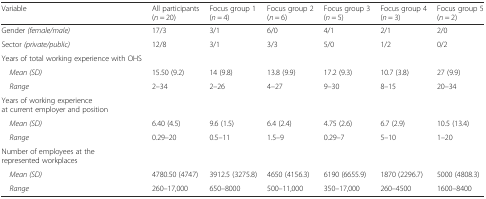
| Variable | All participants (n = 20) | Focus group 1 (n = 4) | Focus group 2 (n = 6) | Focus group 3 (n = 5) | Focus group 4 (n = 3) | Focus group 5 (n = 2) |
 | --- | --- | --- | --- | --- | --- | --- |
 | Gender (female/male) | 17/3 | 3/1 | 6/0 | 4/1 | 2/1 | 2/0 |
 | Sector (private/public) | 12/8 | 3/1 | 3/3 | 5/0 | 1/2 | 0/2 |
 | Years of total working experience with OHS | <COLSPAN=6>  |
 | Mean (SD) | 15.50 (9.2) | 14 (9.8) | 13.8 (9.9) | 17.2 (9.3) | 10.7 (3.8) | 27 (9.9) |
 | Range | 2–34 | 2–26 | 4–27 | 9–30 | 8–15 | 20–34 |
 | Years of working experience at current employer and position | <COLSPAN=6>  |
 | Mean (SD) | 6.40 (4.5) | 9.6 (1.5) | 6.4 (2.4) | 4.75 (2.6) | 6.7 (2.9) | 10.5 (13.4) |
 | Range | 0.29–20 | 0.5–11 | 1.5–9 | 0.29–7 | 5–10 | 1–20 |
 | Number of employees at the represented workplaces | <COLSPAN=6>  |
 | Mean (SD) | 4780.50 (4747) | 3912.5 (3275.8) | 4650 (4156.3) | 6190 (6655.9) | 1870 (2296.7) | 5000 (4808.3) |
 | Range | 260–17,000 | 650–8000 | 500–11,000 | 350–17,000 | 260–4500 | 1600–8400 |